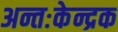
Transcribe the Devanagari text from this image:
अन्तःकेन्द्रक